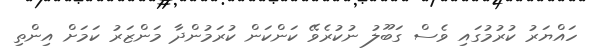
ހައްޔަރު ކުރުމުގައި ވެސް ގަބޫލު ނުކުރެވޭ ކަންކަން ކުރަމުންދާ މަންޒަރު ކަމަށް އިންތި